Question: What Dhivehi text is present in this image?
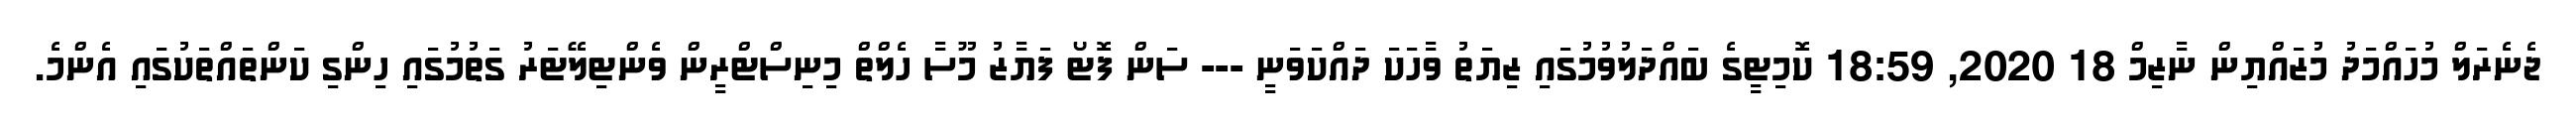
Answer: ޖެނެރަލް މުހައްމަދު މުޒައްޔިން ނާޒިމް 18 2020, 18:59 ކޮމިޓީގެ ބައްދަލުވުމުގައި ޒިޔަތު ވާހަކަ ދައްކަވަނީ --- ސަން ފޮޓޯ ފަޔާޒު މޫސާ ހެލްތް މިނިސްޓްރީން ވެންޓިލޭޓަރު ގަތުމުގައި ހިންގި ކަންތައްތަކުގައި އެންމެ.